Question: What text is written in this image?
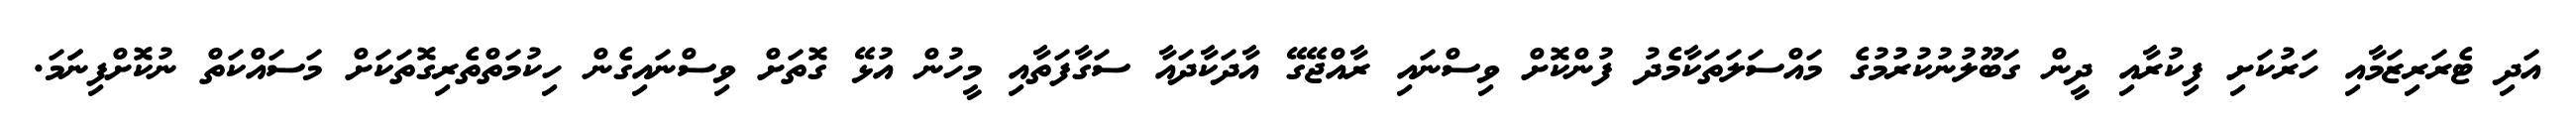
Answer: އަދި ޓެރަރިޒަމާއި ހަރުކަށި ފިކުރާއި ދީން ގަބޫލުނުކުރުމުގެ މައްސަލަތަކާމެދު ފުންކޮށް ވިސްނައި ރާއްޖޭގޭ އާދަކާދައާ ސަގާފަތާއި މީހުން އުޅޭ ގޮތަށް ވިސްނައިގެން ހިކުމަތްތެރިގޮތަކަށް މަސައްކަތް ނުކޮށްފިނަަމަ.